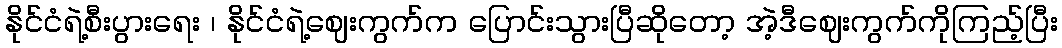
နိုင်ငံရဲ့စီးပွားရေး ၊ နိုင်ငံရဲ့ဈေးကွက်က ပြောင်းသွားပြီဆိုတော့ အဲ့ဒီဈေးကွက်ကိုကြည့်ပြီး